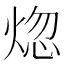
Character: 𬊡